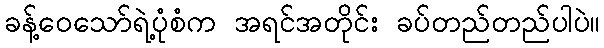
ခန့်ဝေသော်ရဲ့ပုံစံက အရင်အတိုင်း ခပ်တည်တည်ပါပဲ။